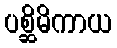
ပစ္ဆိမိကာယ